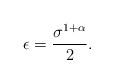
LaTeX: \begin{align*}\epsilon=\frac{\sigma^{1+\alpha}}{2}.\end{align*}